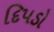
દિપડો